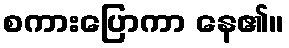
စကားပြောကာ နေ၏။